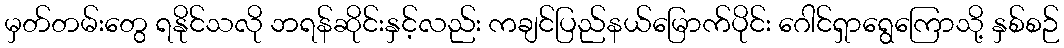
မှတ်တမ်းတွေ ရနိုင်သလို ဘရန်ဆိုင်းနှင့်လည်း ကချင်ပြည်နယ်မြောက်ပိုင်း ဂေါင်ရှာရွေကြောသို့ နှစ်စဉ်